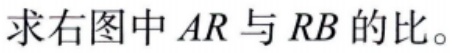
求右图中 \(AR\) 与 \(RB\) 的比。